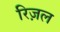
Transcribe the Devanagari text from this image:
रिज़ल